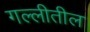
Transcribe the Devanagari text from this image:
गल्लीतील